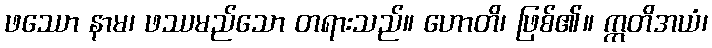
ဖဿော နာမ၊ ဖဿမည်သော တရားသည်။ ဟောတိ၊ ဖြစ်၏။ ဣတိအယံ၊